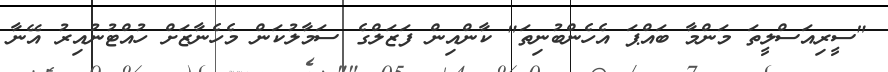
"ސީރިއަސްލީތަ މަންމާ ބައްޕަ އެހެންބުނިތަ" ކާންއިން ފަޒަލްގެ ސަމާލުކަން މެހެނާޒަށް ހުއްޓުނުއިރު އޭނާ